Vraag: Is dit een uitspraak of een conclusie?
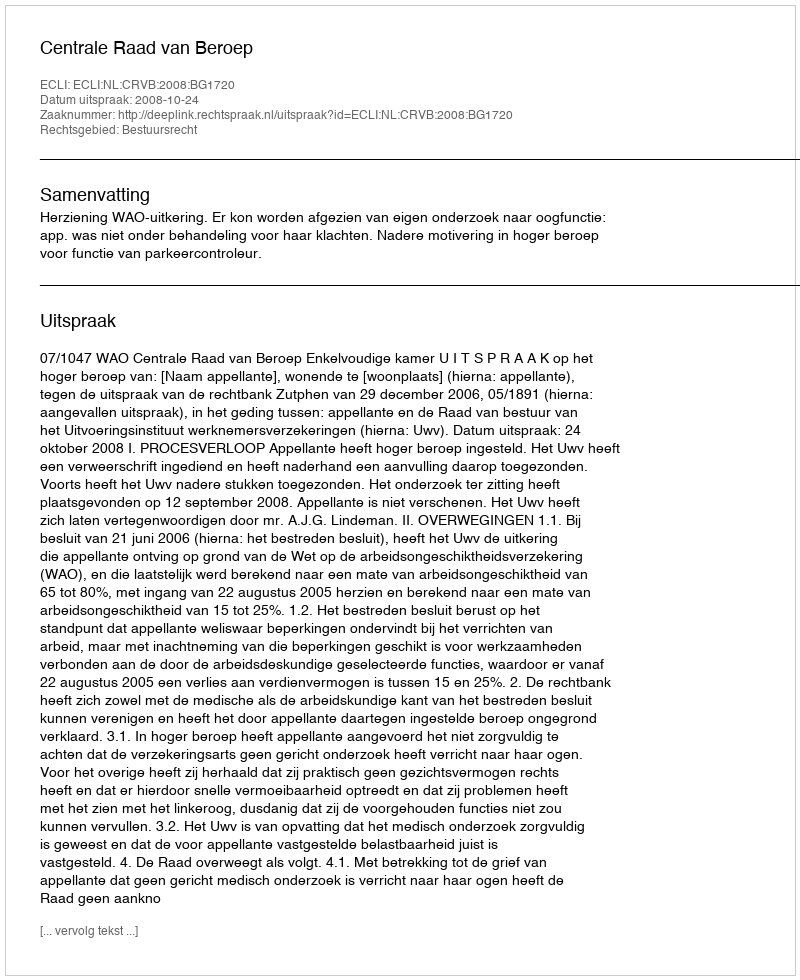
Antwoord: Uitspraak